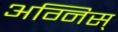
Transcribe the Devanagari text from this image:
अग्निस्